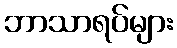
ဘာသာရပ်များ